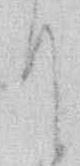
て